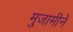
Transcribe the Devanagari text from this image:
मुजामीने